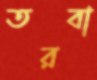
তরবা